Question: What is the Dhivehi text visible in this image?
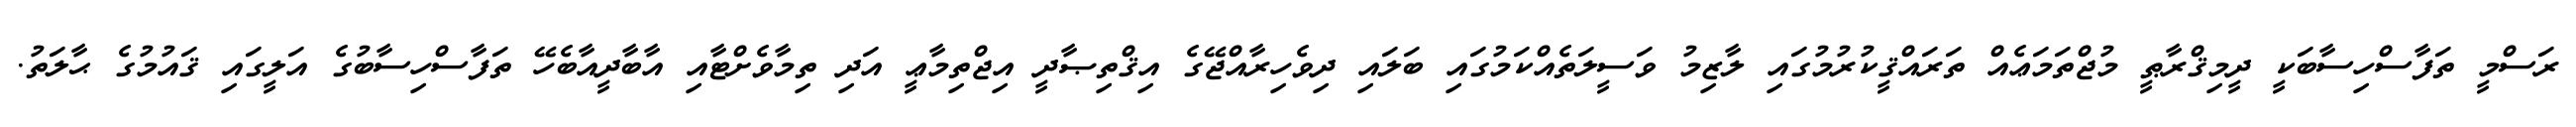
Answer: ރަސްމީ ތަފާސްހިސާބަކީ ދީމިޤްރާޠީ މުޖްތަމަޢެއް ތަރައްޤީކުރުމުގައި ލާޒިމު ވަސީލަތެއްކަމުގައި ބަލައި ދިވެހިރާއްޖޭގެ އިޤްތިޞާދީ އިޖްތިމާޢީ އަދި ތިމާވެށްޓާއި އާބާދީއާބެހޭ ތަފާސްހިސާބުގެ އަލީގައި ޤައުމުގެ ޙާލަތު.